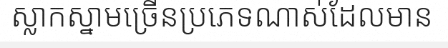
ស្លាកស្នាមច្រើនប្រភេទណាស់ដែលមាន